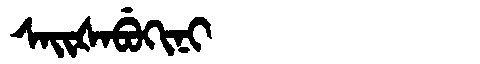
Manchu: ᠰᠠᡳᡧᠠᠪᡠᡴᡳᠨᡳ
Romanization: SAIŠABUKINI